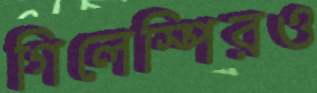
গিলেস্পিরও